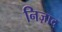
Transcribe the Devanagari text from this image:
निज़ाद